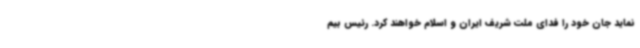
نماید جان خود را فدای ملت شریف ایران و اسلام خواهند کرد. رئیس بیم